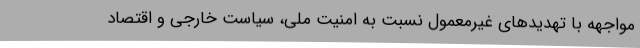
مواجهه با تهدیدهای غیرمعمول نسبت به امنیت ملی، سیاست خارجی و اقتصاد